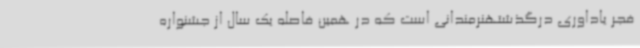
فجر یاداوری درگذشتهنرمندانی است که در همین فاصله یک سال از جشنواره